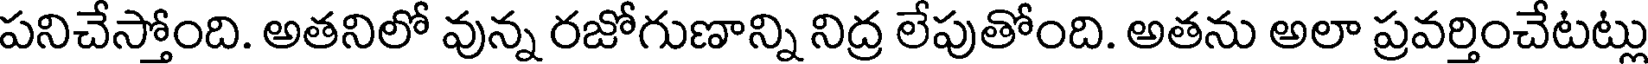
పనిచేస్తోంది. అతనిలో వున్న రజోగుణాన్ని నిద్ర లేపుతోంది. అతను అలా ప్రవర్తించేటట్లు